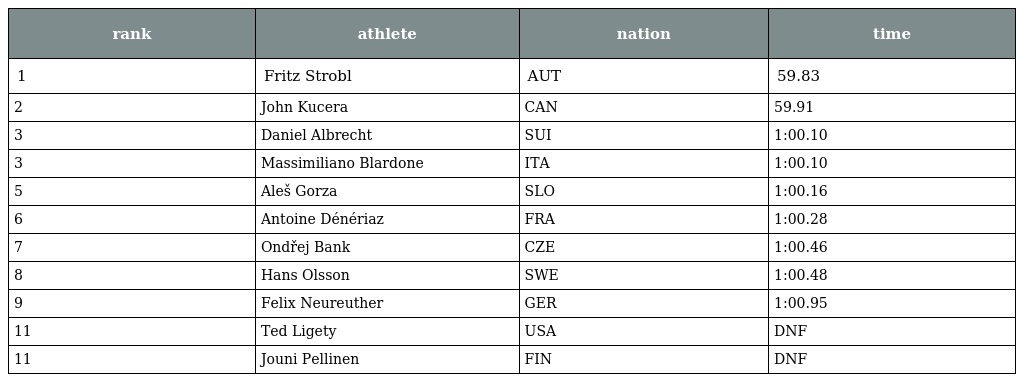
| rank | athlete | nation | time |
 | --- | --- | --- | --- |
 | 1 | Fritz Strobl | AUT | 59.83 |
 | 2 | John Kucera | CAN | 59.91 |
 | 3 | Daniel Albrecht | SUI | 1:00.10 |
 | 3 | Massimiliano Blardone | ITA | 1:00.10 |
 | 5 | Aleš Gorza | SLO | 1:00.16 |
 | 6 | Antoine Dénériaz | FRA | 1:00.28 |
 | 7 | Ondřej Bank | CZE | 1:00.46 |
 | 8 | Hans Olsson | SWE | 1:00.48 |
 | 9 | Felix Neureuther | GER | 1:00.95 |
 | 11 | Ted Ligety | USA | DNF |
 | 11 | Jouni Pellinen | FIN | DNF |